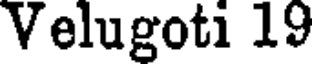
Velugoti 19